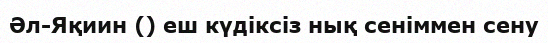
Әл-Яқиин () еш күдіксіз нық сеніммен сену